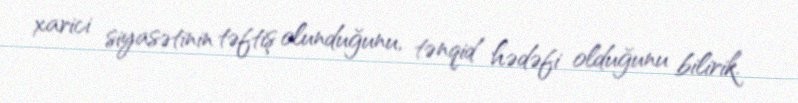
xarici siyasətinin təftiş olunduğunu, tənqid hədəfi olduğunu bilirik.